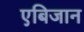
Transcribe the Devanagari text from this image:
एबिजान